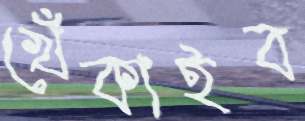
খেঁকাইব